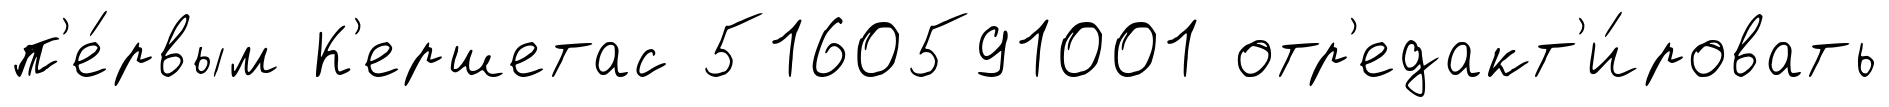
п'е́рвым К'ершетас 5160591001 отр'едакт'и́ровать